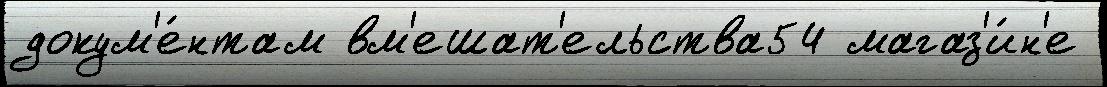
докум'е́нтам вм'ешат'ельства54 магаз'и́н'е